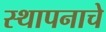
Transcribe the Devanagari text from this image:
स्थापनाचे